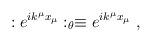
LaTeX: \begin{align*}:e^{i k^\mu x_\mu}:_\theta \equiv e^{i k^{\mu } x_{\mu }}~,\end{align*}